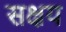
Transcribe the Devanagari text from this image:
सक्षय